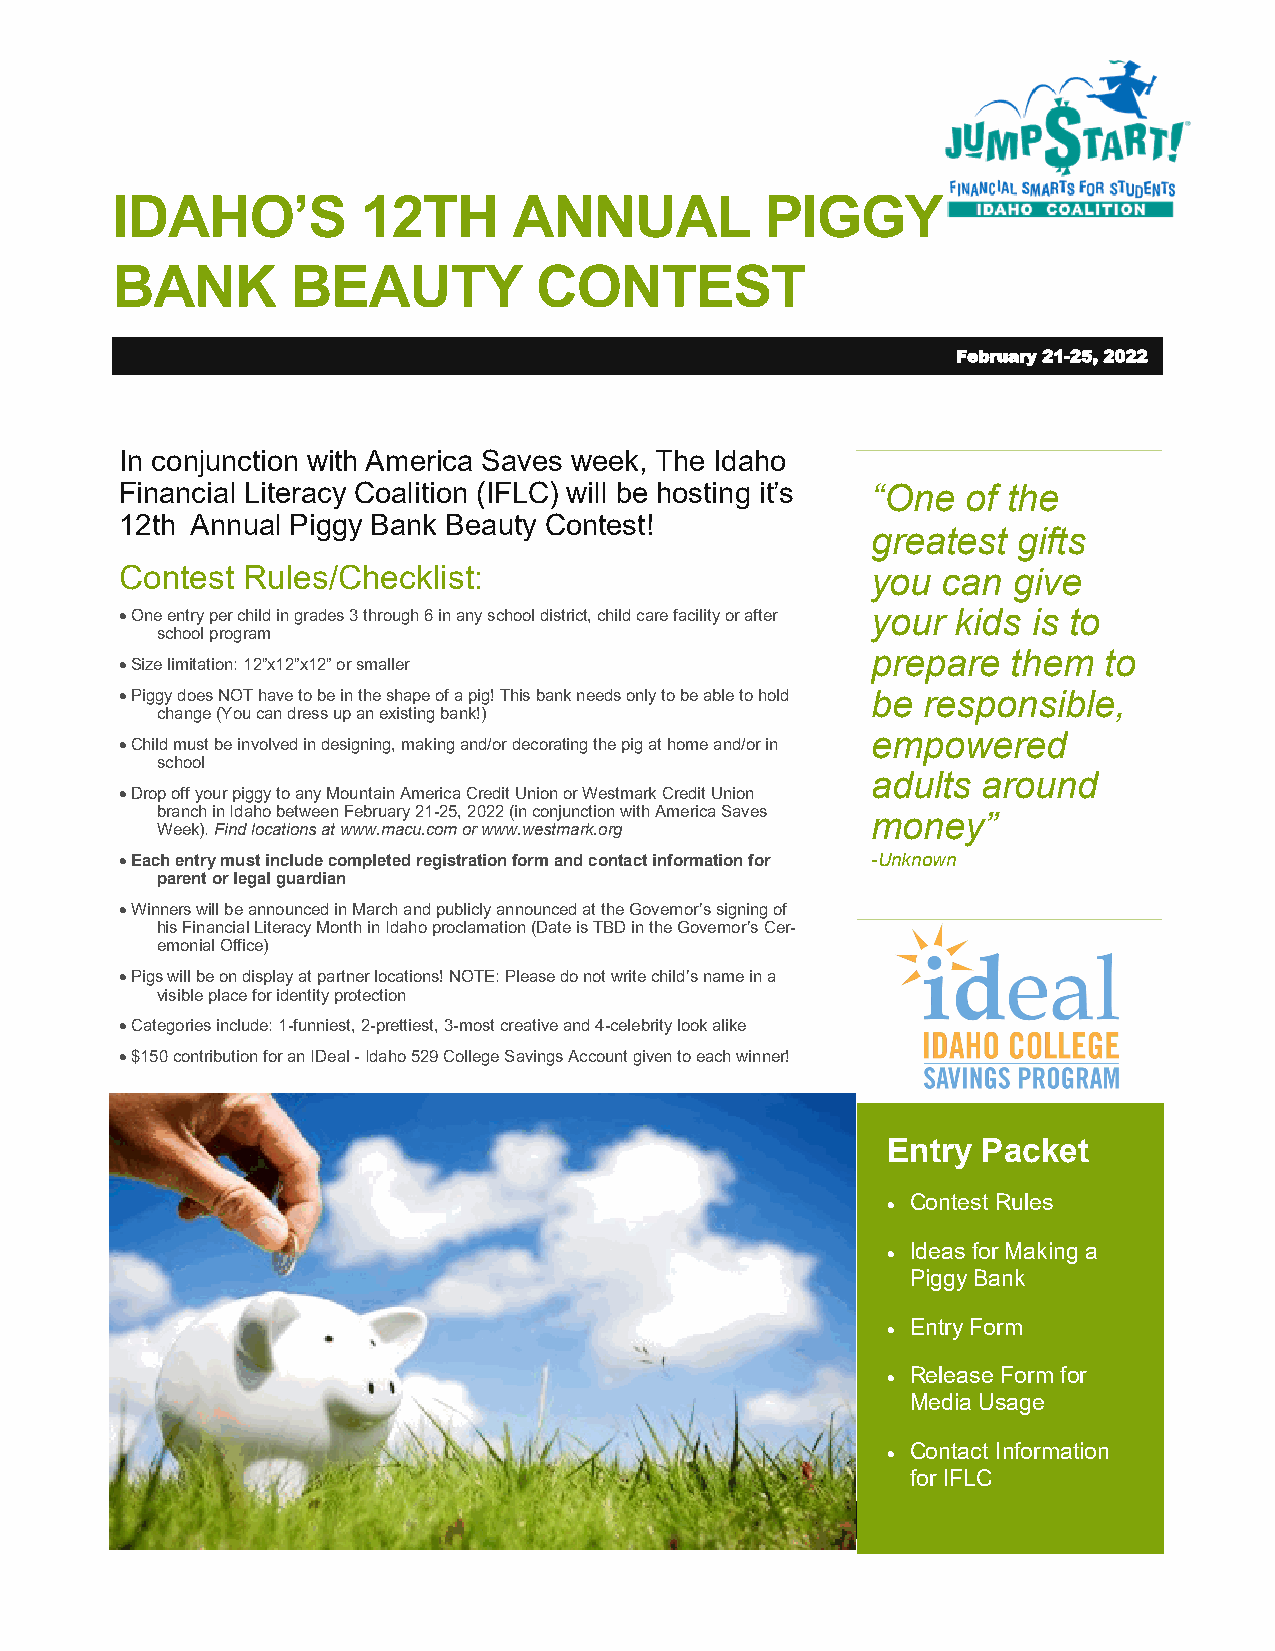
IDAHO’S          12TH      ANNUAL           PIGGY
 BANK        BEAUTY          CONTEST
 February 21-25, 2022
 In conjunction with America Saves week, The Idaho
 Financial Literacy Coalition (IFLC) will be hosting it’s “One of the
 12th Annual Piggy Bank Beauty Contest!
 greatest gifts
 Contest Rules/Checklist:                          you can  give
 • One entry per child in grades 3 through 6 in any school district, child care facility or after your kids is to
 school program
 prepare  them  to
 • Size limitation: 12”x12”x12” or smaller
 • Piggy does NOT have to be in the shape of a pig! This bank needs only to be able to hold be responsible,
 change (You can dress up an existing bank!)
 empowered
 • Child must be involved in designing, making and/or decorating the pig at home and/or in
 school
 adults around
 • Drop off your piggy to any Mountain America Credit Union or Westmark Credit Union
 branch in Idaho between February 21-25, 2022 (in conjunction with America Saves money”
 Week). Find locations at www.macu.com or www.westmark.org
 • Each entry must include completed registration form and contact information for -Unknown
 parent or legal guardian
 • Winners will be announced in March and publicly announced at the Governor’s signing of
 his Financial Literacy Month in Idaho proclamation (Date is TBD in the Governor’s Cer-
 emonial Office)
 • Pigs will be on display at partner locations! NOTE: Please do not write child’s name in a
 visible place for identity protection
 • Categories include: 1-funniest, 2-prettiest, 3-most creative and 4-celebrity look alike
 • $150 contribution for an IDeal - Idaho 529 College Savings Account given to each winner!
 Entry Packet
 • Contest Rules
 • Ideas for Making a
 Piggy Bank
 • Entry Form
 • Release Form for
 Media Usage
 • Contact Information
 for IFLC
 Photo Caption